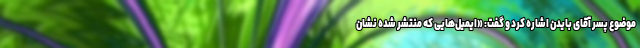
موضوع پسر آقای بایدن اشاره کرد و گفت: «ایمیل‌هایی که منتشر شده نشان